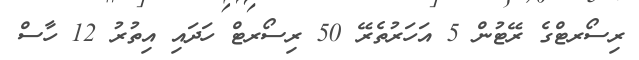
ރިސޯރޓްގެ ރޭޓުން 5 އަހަރުތެރޭ 50 ރިސޯރޓް ހަދައި އިތުރު 12 ހާސް